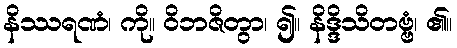
နိဿရဏံ၊ ကို။ ဝိဘဇိတွာ၊ ၍။ နိဒ္ဒိသိတဗ္ဗံ၊ ၏။